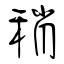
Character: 稍